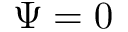
\Psi = 0